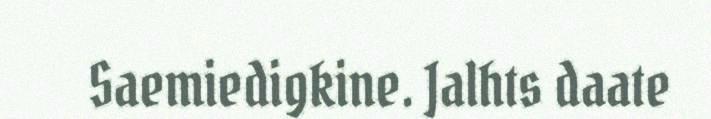
Saemiedigkine. Jalhts daate